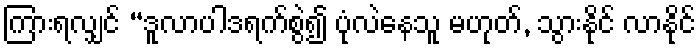
ကြားရလျှင် “ဒူလာပါဒရက်စွဲ၍ ပုံလဲနေသူ မဟုတ်, သွားနိုင် လာနိုင်